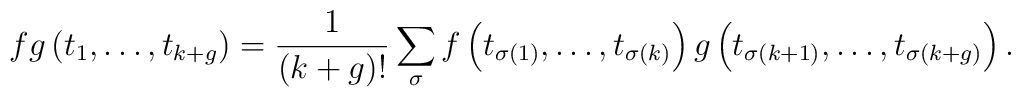
fg\left( t_{1},\dots,t_{k+g}\right) = \frac{1}{(k+g)!} \sum_{\sigma} f \left( t_{\sigma(1)},\dots,t_{\sigma(k)}\right) g\left( t_{\sigma(k+1)},\dots,t_{\sigma(k+g)}\right).